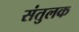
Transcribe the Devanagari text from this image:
संतुलक